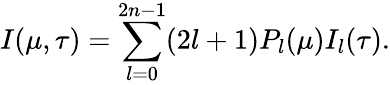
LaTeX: I(\mu,\tau)=\sum_{l=0}^{2n-1}(2l+1)P_{l}(\mu)I_{l}(\tau).